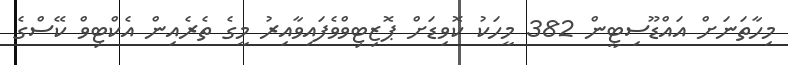
މިހާތަނަށް އައްޑޫސިޓީން 382 މީހަކު ކޮވިޑަށް ޕޮޒިޓިވްވެފައިވާއިރު މީގެ ތެރެއިން އެކްޓިވް ކޭސްގެ